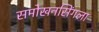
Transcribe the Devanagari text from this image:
समोखनसिंगला